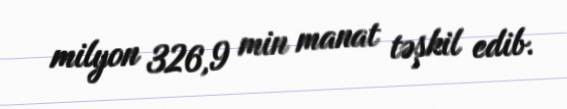
milyon 326,9 min manat təşkil edib.